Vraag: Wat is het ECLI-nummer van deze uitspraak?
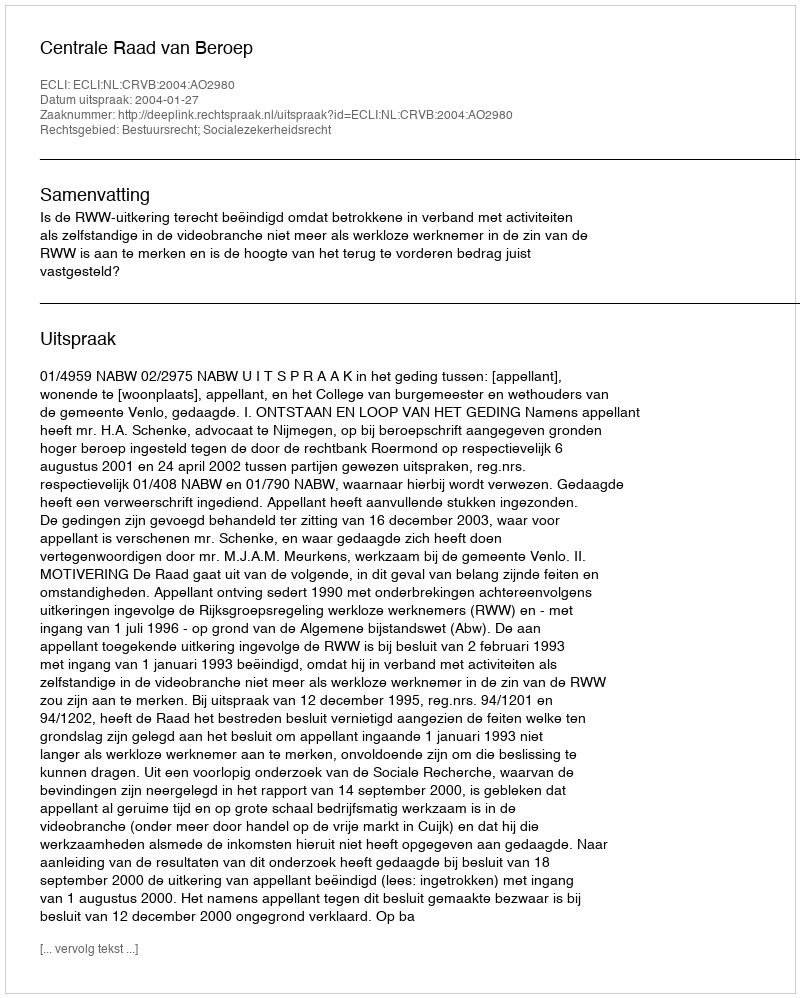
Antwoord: ECLI:NL:CRVB:2004:AO2980